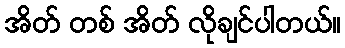
အိတ် တစ် အိတ် လိုချင်ပါတယ်။